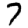
Digit: 7